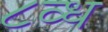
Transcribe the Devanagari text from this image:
८व्ध